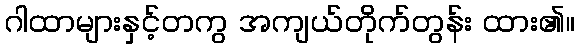
ဂါထာများနှင့်တကွ အကျယ်တိုက်တွန်း ထား၏။